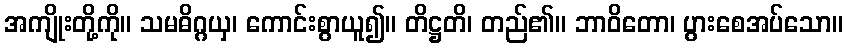
အကျိုးတို့ကို။ သမဓိဂ္ဂယှ၊ ကောင်းစွာယူ၍။ တိဋ္ဌတိ၊ တည်၏။ ဘာဝိတော၊ ပွားစေအပ်သော။